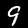
Label: 9